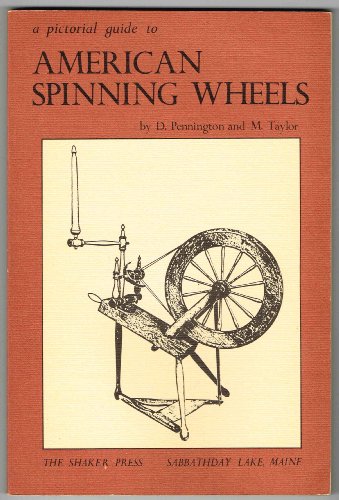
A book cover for A Pictorial Guide to American Spinning Wheels; David A. Pennington; Crafts, Hobbies & Home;